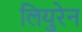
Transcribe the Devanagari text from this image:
लियुरेन